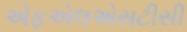
એફએલએસટીસી